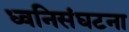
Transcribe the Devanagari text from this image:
ध्वनिसंघटना